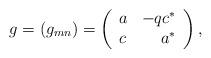
LaTeX: \begin{align*}g = (g_{mn})=\left( \begin{array}{lr}a&-qc^* \\c&a^* \end{array}\right),\end{align*}